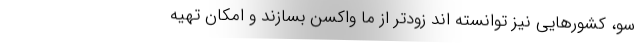
سو، کشورهایی نیز توانسته اند زودتر از ما واکسن بسازند و امکان تهیه